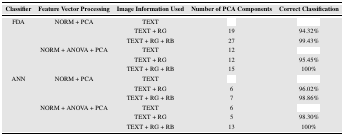
<table><thead><tr><td><b>Classifier</b></td><td><b>Feature Vector Processing</b></td><td><b>Image Information Used</b></td><td><b>Number of PCA Components</b></td><td><b>Correct Classification</b></td></tr></thead><tbody><tr><td rowspan="6">FDA</td><td rowspan="3">NORM+ PCA</td><td>TEXT</td><td>[EMPTY_CELL]</td><td>[EMPTY_CELL]</td></tr><tr><td>TEXT + RG</td><td>19</td><td>94.32%</td></tr><tr><td>TEXT + RG +RB</td><td>27</td><td>99.43%</td></tr><tr><td rowspan="3">NORM + ANOVA+ PCA</td><td>TEXT</td><td>12</td><td>[EMPTY_CELL]</td></tr><tr><td>TEXT + RG</td><td>12</td><td>95.45%</td></tr><tr><td>TEXT + RG +RB</td><td>15</td><td>100%</td></tr><tr><td rowspan="6">ANN</td><td rowspan="3">NORM+ PCA</td><td>TEXT</td><td>[EMPTY_CELL]</td><td>[EMPTY_CELL]</td></tr><tr><td>TEXT + RG</td><td>6</td><td>96.02%</td></tr><tr><td>TEXT + RG +RB</td><td>7</td><td>98.86%</td></tr><tr><td rowspan="3">NORM + ANOVA+ PCA</td><td>TEXT</td><td>6</td><td>[EMPTY_CELL]</td></tr><tr><td>TEXT + RG</td><td>5</td><td>98.30%</td></tr><tr><td>TEXT + RG +RB</td><td>13</td><td>100%</td></tr></tbody></table>